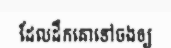
ដែលដឹកគោទៅចងឲ្យ